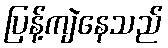
ပြန့်ကျဲနေသည်